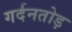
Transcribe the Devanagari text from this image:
गर्दनतोड़